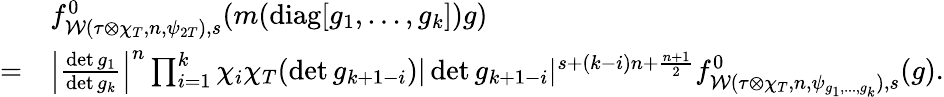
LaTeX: \begin{array}{rl}&{f_{\mathcal{W}(\tau\otimes\chi_{T},n,\psi_{2T}),s}^{0}(m(\mathrm{diag}[g_{1},...,g_{k}])g)}\\ {=}&{\left|\frac{\operatorname*{det}g_{1}}{\operatorname*{det}g_{k}}\right|^{n}\prod_{i=1}^{k}\chi_{i}\chi_{T}(\operatorname*{det}g_{k+1-i})|\operatorname*{det}g_{k+1-i}|^{s+(k-i)n+\frac{n+1}{2}}f_{\mathcal{W}(\tau\otimes\chi_{T},n,\psi_{g_{1},...,g_{k}}),s}^{0}(g).}\end{array}